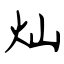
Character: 灿